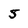
Character: 5